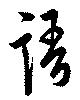
語